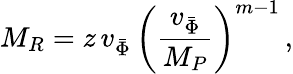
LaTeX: M_{R}=z\, v_{\bar{\Phi}}\, \left(\frac{v_{\bar{\Phi}}}{M_{P}}\right)^{m-1}\, ,